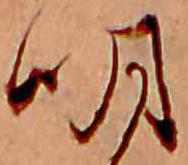
明